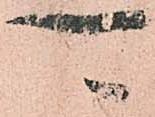
可